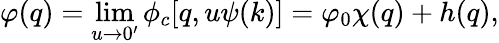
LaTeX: \varphi(q)=\operatorname*{lim}_{u\to 0^{\prime}}\phi_{c}[q,u\psi(k)]=\varphi_{0}\chi(q)+h(q),